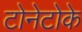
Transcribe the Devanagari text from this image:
टोनेटोके